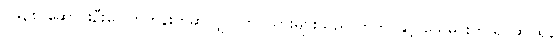
၁၉၃၈ ဆောင်းဦးပေါက်တုန်းကဆိုလျှင် တပ်သားများသည် တိုက်ပွဲနှင့် သေမင်းကို ရင်ဆိုင်ရန်